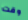
وقت